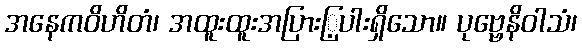
အနေကဝိဟိတံ၊ အထူးထူးအပြားြ့ပါးရှိသော။ ပုဗ္ဗေနိဝါသံ၊